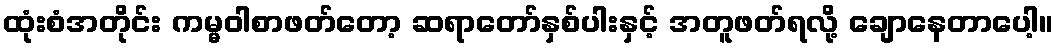
ထုံးစံအတိုင်း ကမ္မဝါစာဖတ်တော့ ဆရာတော်နှစ်ပါးနှင့် အတူဖတ်ရလို့ ချောနေတာပေါ့။